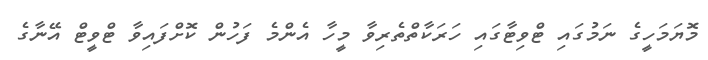
މޮޔަމަހީގެ ނަމުގައި ޓްވިޓާގައި ހަރަކާތްތެރިވާ މީހާ އެންމެ ފަހުން ކޮށްފައިވާ ޓްވީޓް އޭނާގެ